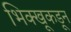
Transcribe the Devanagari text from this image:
भिक्खूकडून